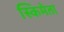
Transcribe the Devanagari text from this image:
स्किमेता